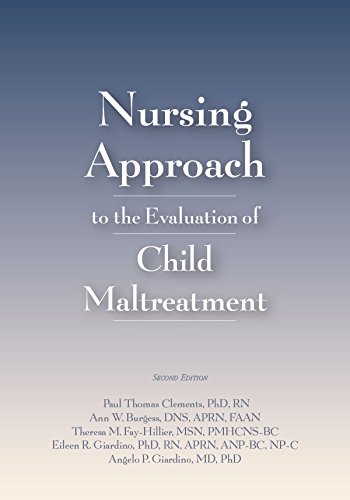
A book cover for Nursing Approach to the Evaluation of Child Maltreatment 2E; Paul Thomas Clements; Medical Books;